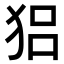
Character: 𤞪